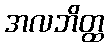
အလဘိတ္ထ